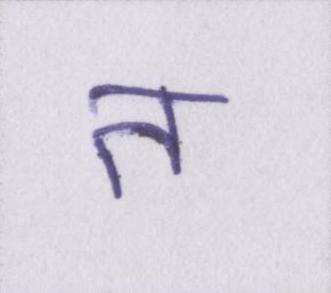
त